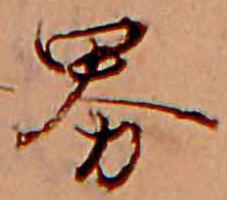
界